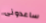
ساعدونى